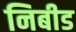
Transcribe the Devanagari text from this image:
निबीड